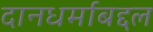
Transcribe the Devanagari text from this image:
दानधर्माबद्दल